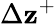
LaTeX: {\Delta}{\mathbf{z}^{+}}